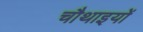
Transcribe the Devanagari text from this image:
चौथाइयों